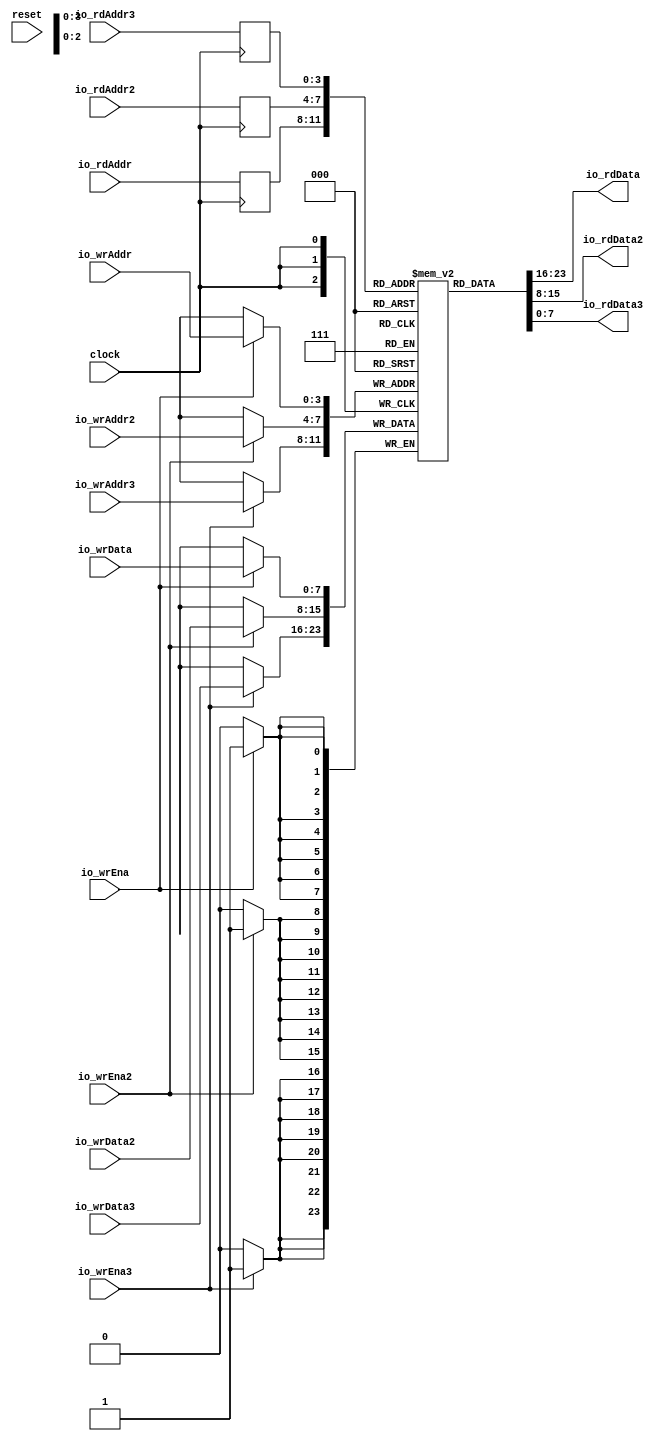
module Complex3R3WSMem(
  input        clock,
  input        reset,
  input  [3:0] io_rdAddr,
  output [7:0] io_rdData,
  input  [3:0] io_rdAddr2,
  output [7:0] io_rdData2,
  input  [3:0] io_rdAddr3,
  output [7:0] io_rdData3,
  input        io_wrEna,
  input  [7:0] io_wrData,
  input  [3:0] io_wrAddr,
  input        io_wrEna2,
  input  [7:0] io_wrData2,
  input  [3:0] io_wrAddr2,
  input        io_wrEna3,
  input  [7:0] io_wrData3,
  input  [3:0] io_wrAddr3
);
`ifdef RANDOMIZE_MEM_INIT
  reg [31:0] _RAND_0;
`endif // RANDOMIZE_MEM_INIT
`ifdef RANDOMIZE_REG_INIT
  reg [31:0] _RAND_1;
  reg [31:0] _RAND_2;
  reg [31:0] _RAND_3;
`endif // RANDOMIZE_REG_INIT
  reg [7:0] mem [0:15]; // @[Complex3R3WSMem.scala 26:24]
  wire  mem__T_37_en; // @[Complex3R3WSMem.scala 26:24]
  wire [3:0] mem__T_37_addr; // @[Complex3R3WSMem.scala 26:24]
  wire [7:0] mem__T_37_data; // @[Complex3R3WSMem.scala 26:24]
  wire  mem__T_38_en; // @[Complex3R3WSMem.scala 26:24]
  wire [3:0] mem__T_38_addr; // @[Complex3R3WSMem.scala 26:24]
  wire [7:0] mem__T_38_data; // @[Complex3R3WSMem.scala 26:24]
  wire  mem__T_39_en; // @[Complex3R3WSMem.scala 26:24]
  wire [3:0] mem__T_39_addr; // @[Complex3R3WSMem.scala 26:24]
  wire [7:0] mem__T_39_data; // @[Complex3R3WSMem.scala 26:24]
  wire [7:0] mem__T_40_data; // @[Complex3R3WSMem.scala 26:24]
  wire [3:0] mem__T_40_addr; // @[Complex3R3WSMem.scala 26:24]
  wire  mem__T_40_mask; // @[Complex3R3WSMem.scala 26:24]
  wire  mem__T_40_en; // @[Complex3R3WSMem.scala 26:24]
  wire [7:0] mem__T_41_data; // @[Complex3R3WSMem.scala 26:24]
  wire [3:0] mem__T_41_addr; // @[Complex3R3WSMem.scala 26:24]
  wire  mem__T_41_mask; // @[Complex3R3WSMem.scala 26:24]
  wire  mem__T_41_en; // @[Complex3R3WSMem.scala 26:24]
  wire [7:0] mem__T_42_data; // @[Complex3R3WSMem.scala 26:24]
  wire [3:0] mem__T_42_addr; // @[Complex3R3WSMem.scala 26:24]
  wire  mem__T_42_mask; // @[Complex3R3WSMem.scala 26:24]
  wire  mem__T_42_en; // @[Complex3R3WSMem.scala 26:24]
  reg [3:0] mem__T_37_addr_pipe_0;
  reg [3:0] mem__T_38_addr_pipe_0;
  reg [3:0] mem__T_39_addr_pipe_0;
  assign mem__T_37_en = 1'h1;
  assign mem__T_37_addr = mem__T_37_addr_pipe_0;
  assign mem__T_37_data = mem[mem__T_37_addr]; // @[Complex3R3WSMem.scala 26:24]
  assign mem__T_38_en = 1'h1;
  assign mem__T_38_addr = mem__T_38_addr_pipe_0;
  assign mem__T_38_data = mem[mem__T_38_addr]; // @[Complex3R3WSMem.scala 26:24]
  assign mem__T_39_en = 1'h1;
  assign mem__T_39_addr = mem__T_39_addr_pipe_0;
  assign mem__T_39_data = mem[mem__T_39_addr]; // @[Complex3R3WSMem.scala 26:24]
  assign mem__T_40_data = io_wrData;
  assign mem__T_40_addr = io_wrAddr;
  assign mem__T_40_mask = 1'h1;
  assign mem__T_40_en = io_wrEna;
  assign mem__T_41_data = io_wrData2;
  assign mem__T_41_addr = io_wrAddr2;
  assign mem__T_41_mask = 1'h1;
  assign mem__T_41_en = io_wrEna2;
  assign mem__T_42_data = io_wrData3;
  assign mem__T_42_addr = io_wrAddr3;
  assign mem__T_42_mask = 1'h1;
  assign mem__T_42_en = io_wrEna3;
  assign io_rdData = mem__T_37_data; // @[Complex3R3WSMem.scala 54:13]
  assign io_rdData2 = mem__T_38_data; // @[Complex3R3WSMem.scala 55:14]
  assign io_rdData3 = mem__T_39_data; // @[Complex3R3WSMem.scala 56:14]
  always @(posedge clock) begin
    if (mem__T_40_en & mem__T_40_mask) begin
      mem[mem__T_40_addr] <= mem__T_40_data; // @[Complex3R3WSMem.scala 26:24]
    end
    if (mem__T_41_en & mem__T_41_mask) begin
      mem[mem__T_41_addr] <= mem__T_41_data; // @[Complex3R3WSMem.scala 26:24]
    end
    if (mem__T_42_en & mem__T_42_mask) begin
      mem[mem__T_42_addr] <= mem__T_42_data; // @[Complex3R3WSMem.scala 26:24]
    end
    mem__T_37_addr_pipe_0 <= io_rdAddr;
    mem__T_38_addr_pipe_0 <= io_rdAddr2;
    mem__T_39_addr_pipe_0 <= io_rdAddr3;
  end
// Register and memory initialization
`ifdef RANDOMIZE_GARBAGE_ASSIGN
`define RANDOMIZE
`endif
`ifdef RANDOMIZE_INVALID_ASSIGN
`define RANDOMIZE
`endif
`ifdef RANDOMIZE_REG_INIT
`define RANDOMIZE
`endif
`ifdef RANDOMIZE_MEM_INIT
`define RANDOMIZE
`endif
`ifndef RANDOM
`define RANDOM $random
`endif
`ifdef RANDOMIZE_MEM_INIT
  integer initvar;
`endif
`ifndef SYNTHESIS
`ifdef FIRRTL_BEFORE_INITIAL
`FIRRTL_BEFORE_INITIAL
`endif
initial begin
  `ifdef RANDOMIZE
    `ifdef INIT_RANDOM
      `INIT_RANDOM
    `endif
    `ifndef VERILATOR
      `ifdef RANDOMIZE_DELAY
        #`RANDOMIZE_DELAY begin end
      `else
        #0.002 begin end
      `endif
    `endif
`ifdef RANDOMIZE_MEM_INIT
  _RAND_0 = {1{`RANDOM}};
  for (initvar = 0; initvar < 16; initvar = initvar+1)
    mem[initvar] = _RAND_0[7:0];
`endif // RANDOMIZE_MEM_INIT
`ifdef RANDOMIZE_REG_INIT
  _RAND_1 = {1{`RANDOM}};
  mem__T_37_addr_pipe_0 = _RAND_1[3:0];
  _RAND_2 = {1{`RANDOM}};
  mem__T_38_addr_pipe_0 = _RAND_2[3:0];
  _RAND_3 = {1{`RANDOM}};
  mem__T_39_addr_pipe_0 = _RAND_3[3:0];
`endif // RANDOMIZE_REG_INIT
  `endif // RANDOMIZE
end // initial
`ifdef FIRRTL_AFTER_INITIAL
`FIRRTL_AFTER_INITIAL
`endif
`endif // SYNTHESIS
endmodule